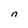
Character: n